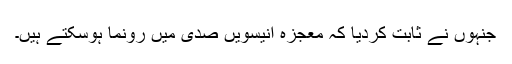
جنہوں نے ثابت کردیا کہ معجزہ انیسویں صدی میں رونما ہوسکتے ہیں۔